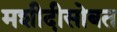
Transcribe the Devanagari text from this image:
मशीदीसोबत